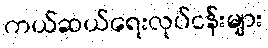
ကယ်ဆယ်ရေးလုပ်ငန်းများ